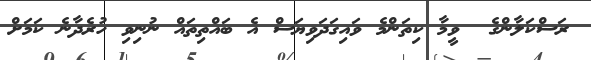
ރަސްކަލާންގެ  ވީމާ ކިތަންމެ ވައިގަދަވިޔަސް އެ ބައްތިތައް ނުނިވި ހުރެދާނެ ކަމަށް